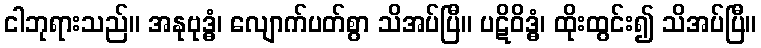
ငါဘုရားသည်။ အနုဗုဒ္ဓံ၊ လျောက်ပတ်စွာ သိအပ်ပြီ။ ပဋိဝိဒ္ဓံ၊ ထိုးထွင်း၍ သိအပ်ပြီ။